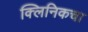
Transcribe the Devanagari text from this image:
क्लिनिकचा